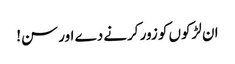
ان لڑکوں کو زور کرنے دے اور سن!